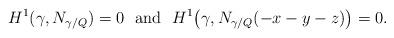
LaTeX: \begin{align*}H^1(\gamma, N_{\gamma/Q})=0 \ \mbox{ and } \ H^1\bigl(\gamma, N_{\gamma/Q}(-x-y-z)\bigr)=0.\end{align*}